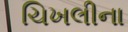
ચિખલીના